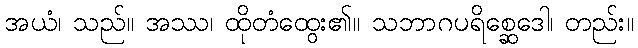
အယံ၊ သည်။ အဿ၊ ထိုတံထွေး၏။ သဘာဂပရိစ္ဆေဒေါ၊ တည်း။